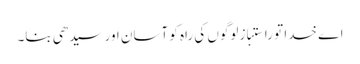
اے خدا تو راستباز لوگوں کی راہ کو آسان اور سیدھی بنا۔